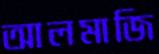
আলমাজি